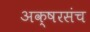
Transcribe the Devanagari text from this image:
अक्षरसंच